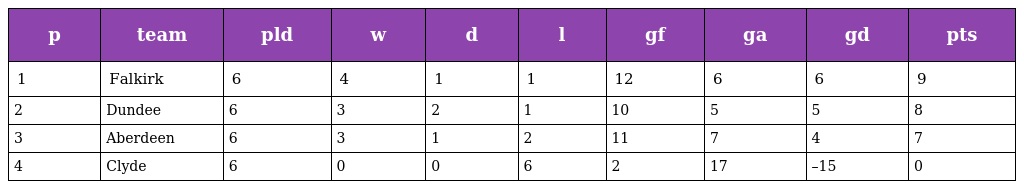
| p | team | pld | w | d | l | gf | ga | gd | pts |
 | --- | --- | --- | --- | --- | --- | --- | --- | --- | --- |
 | 1 | Falkirk | 6 | 4 | 1 | 1 | 12 | 6 | 6 | 9 |
 | 2 | Dundee | 6 | 3 | 2 | 1 | 10 | 5 | 5 | 8 |
 | 3 | Aberdeen | 6 | 3 | 1 | 2 | 11 | 7 | 4 | 7 |
 | 4 | Clyde | 6 | 0 | 0 | 6 | 2 | 17 | –15 | 0 |